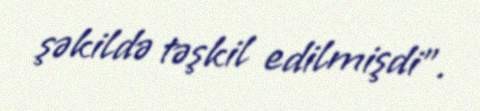
şəkildə təşkil edilmişdi".